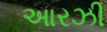
આરઝી